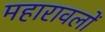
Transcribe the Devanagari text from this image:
महारावलों